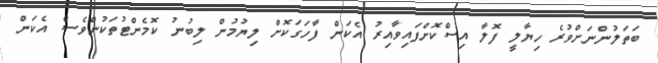
ބަތަލުންނަށްވުރެ ހިޔާލީ ފޮލާ އިސްކޮށްފައިވާއިރު އެކަން ފާހަގަކޮށް ލިޔުމުން ލިބުނު ކޮމެންޓުތަކުންވެސް އެކަން